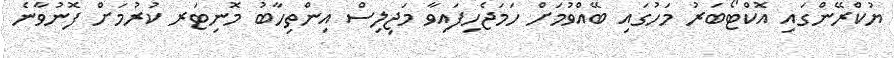
ޔުކްރޭންގައި އޮކްޓޯބަރު މަހުގައި ބޭއްވުމަށް ހަމަޖެހިފައިވާ މަޖިލިސް އިންތިހާބު މޮނިޓަރ ކުރުމަށް ފޮނުވާނެ